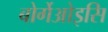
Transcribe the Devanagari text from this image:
बोर्गेओइसि